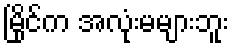
မြိုင်က အလုံးမများဘူး